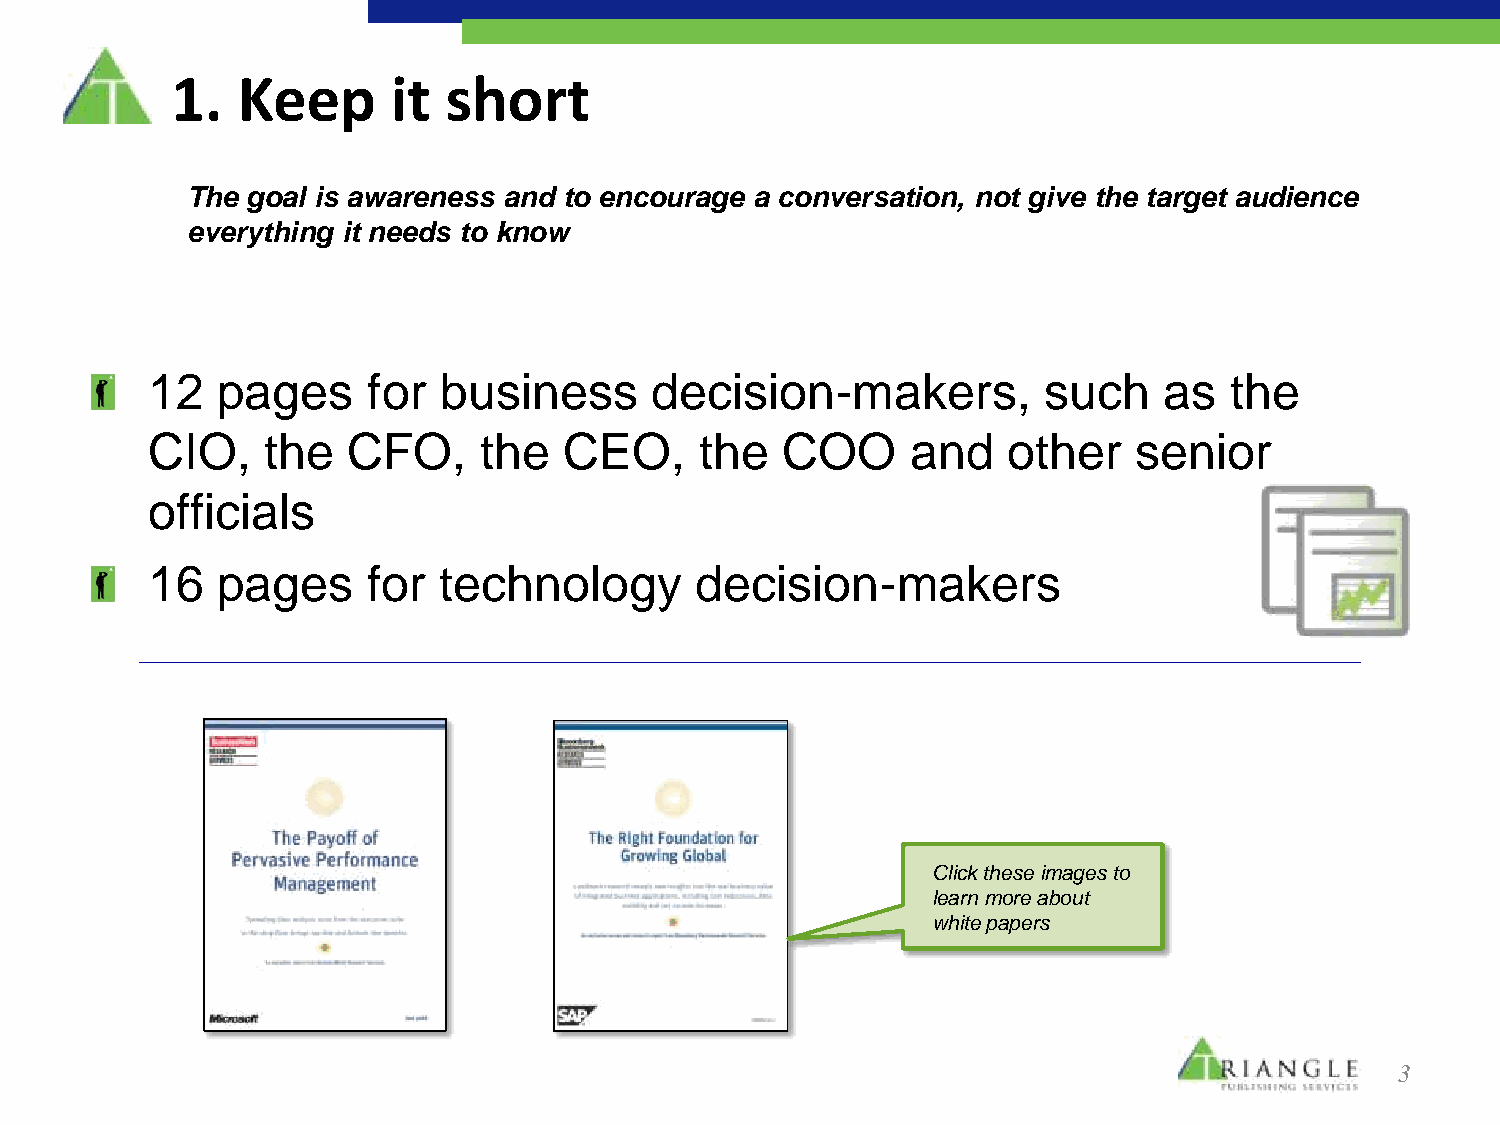
1.   Keep      it  short
 The goal is awareness and to encourage a conversation, not give the target audience
 everything it needs to know
 12  pages     for  business      decision-makers,          such    as  the
 CIO,    the  CFO,     the  CEO,     the   COO     and    other   senior
 officials
 16  pages     for  technology       decision-makers
 Click these images to
 learn more about
 white papers
 3